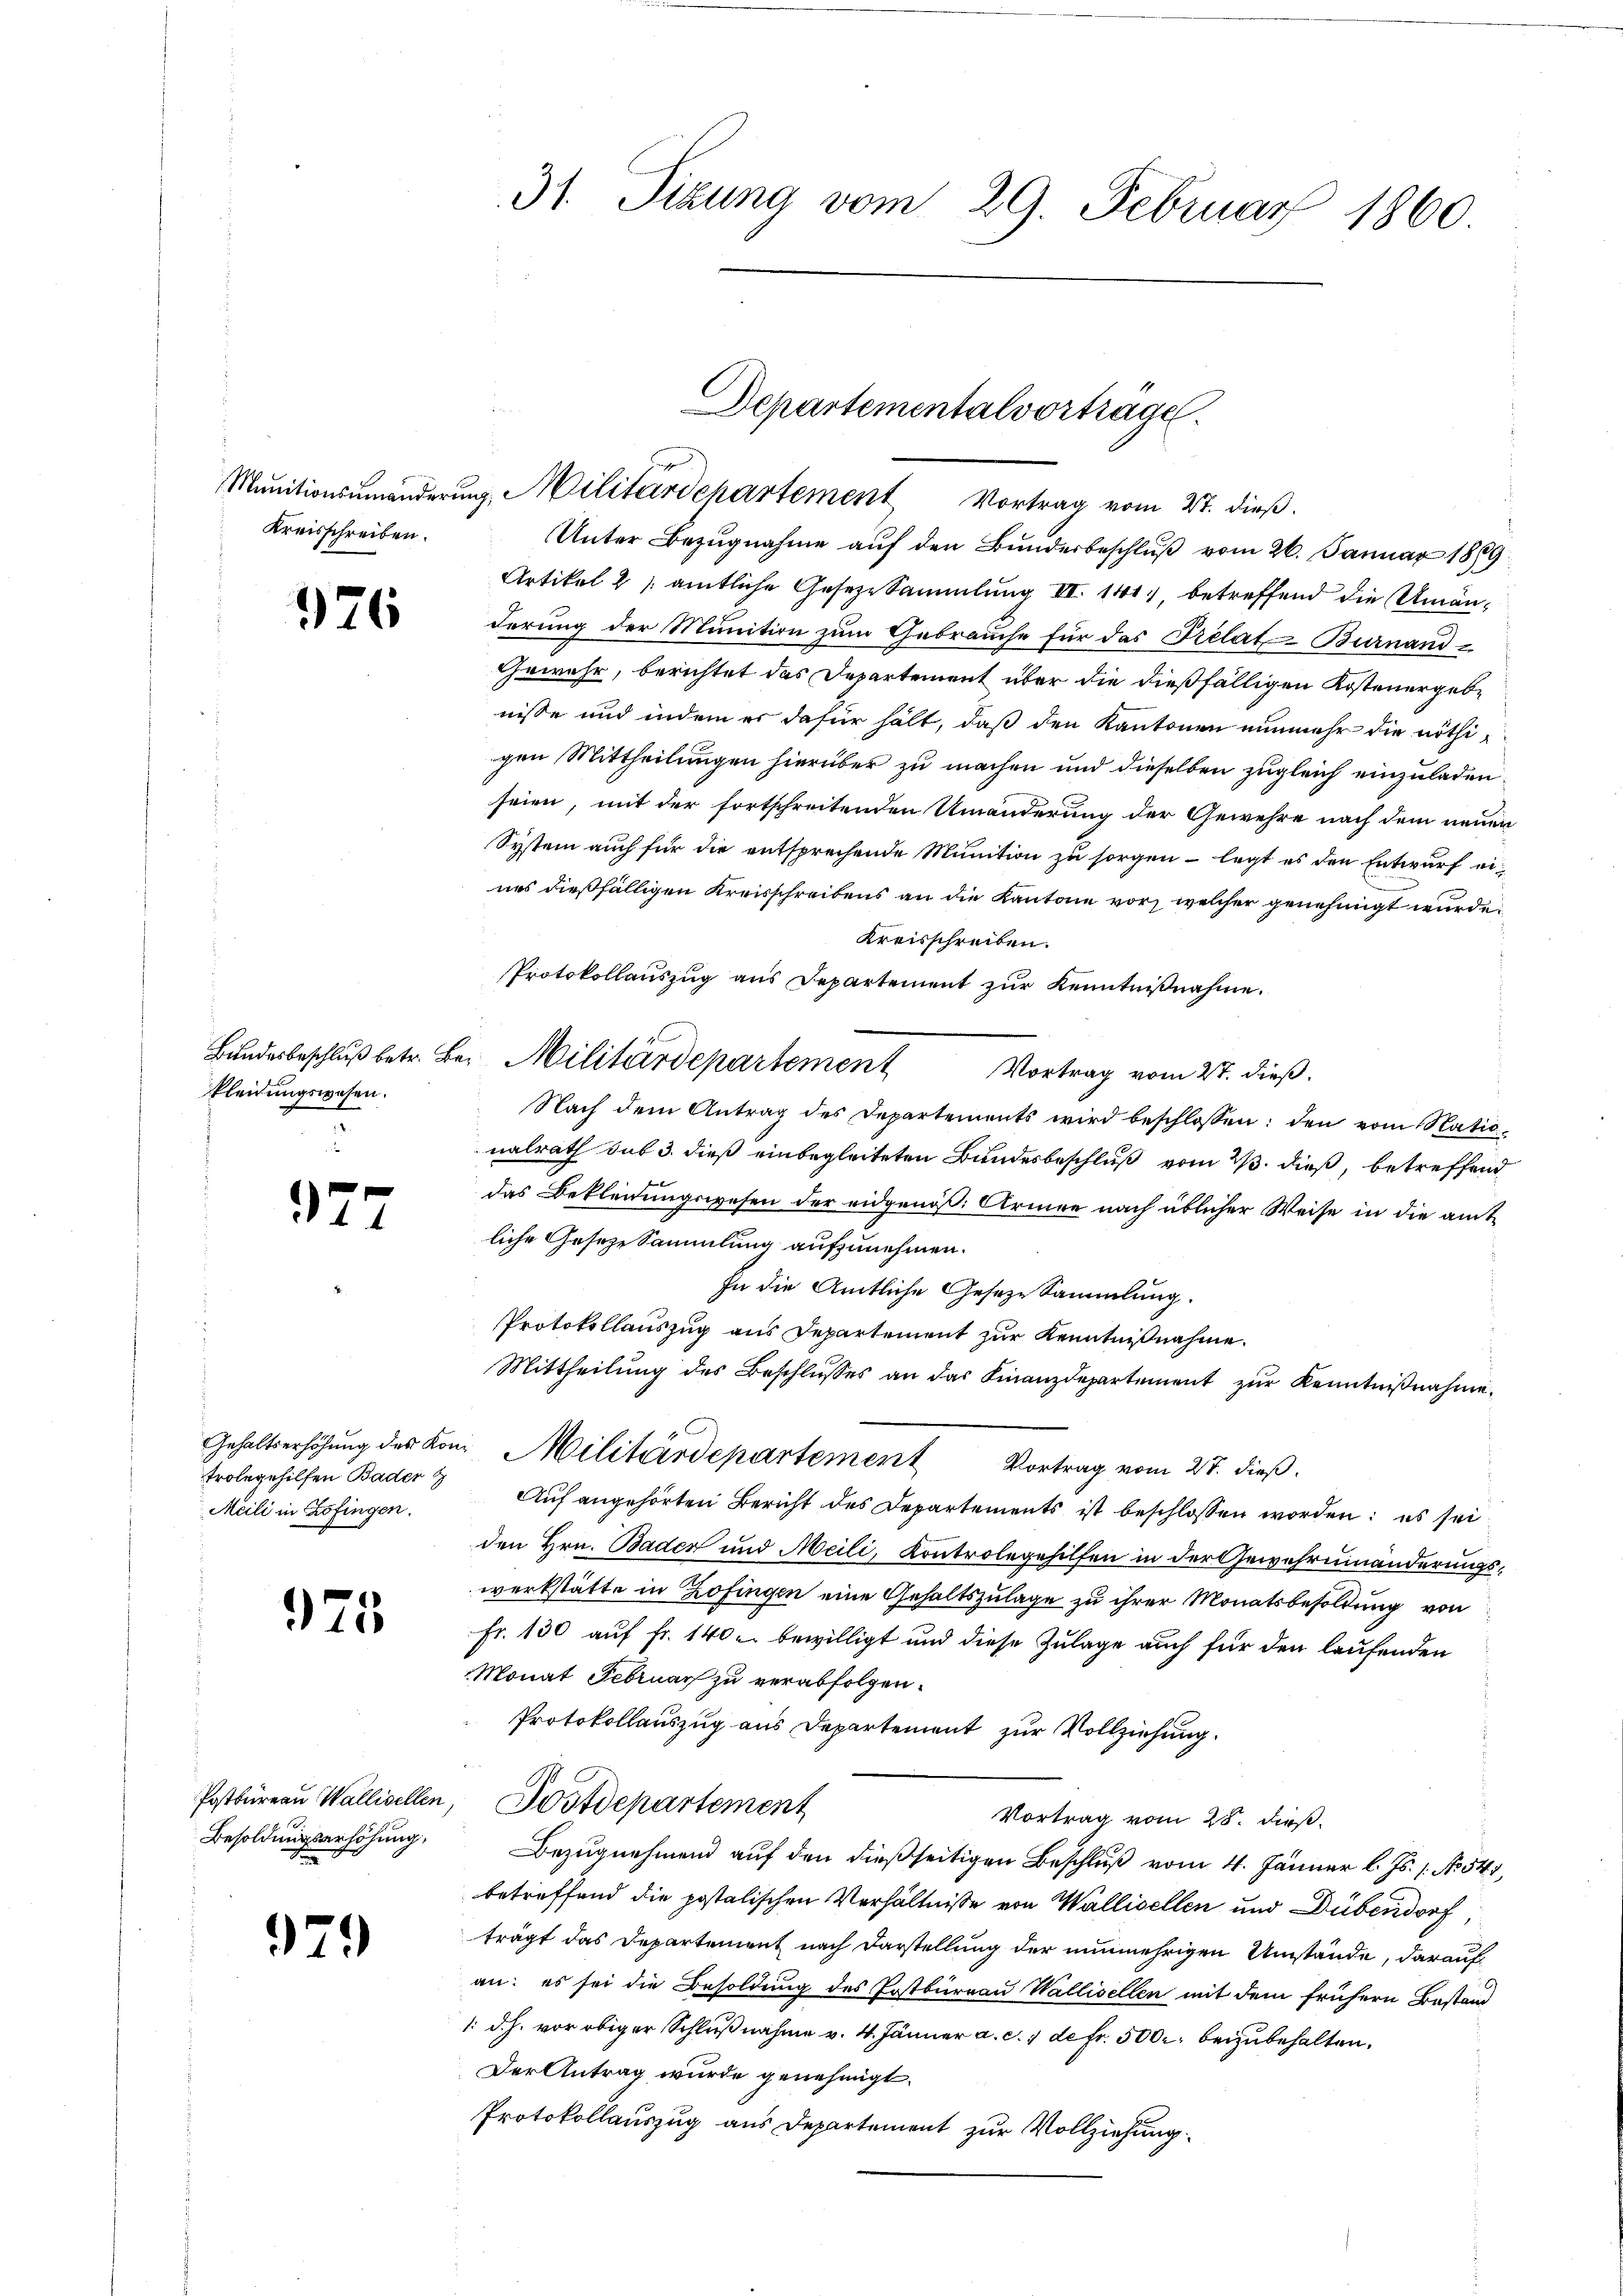
Kreisschreiben.

976

kleidungswesen.

92

e

trobegehilfen Bader
Meili in Zofingen.

925

Postbureau Wallisellen,
Besoldungserhöhung,

979

31. Sizung vom 29. Februar 1860

Departementalvortrage.
Munitionsumänderung, Militärdepartement Vortrag vom 27. dieß.

Unter Bezugnahme auf den Bunderbeschluß vom 26. Januar 1889
Artikel 2 / amtliche Gesezesammlung III 141, betreffend die Umänderung der Munition zum Gebrauche für das Prelat-Burnand
Gewehr, berichtet das Departement über die dießfälligen Kostenergebe
nisse und indem er dafür hält, daß den Kantonen nunmehr die nöthigen Mittheilungen hierüber zu machen und dieselben zugleich einzuladen.
seien, mit der fortschreitenden Umänderung der Gewehre nach dem neuen
System auch für die entsprechende Munition zu sorgen - legt es den Entwurf eines dießfälligen Kreisschreibens an die Kantone vor, welcher genehmigt wurde.
Kreisschreiben.
Protokollauszug aus Departement zur Kenntnißnahme.
Bundesbeschluß betr. Bei Militärdepartement
Vortrag vom 27. dieß.
Nach dem Antrag des Departements wird beschlossen: den vom Statio
nalrath sub 3. dieß einbegleiteten Bundesbeschluß vom 23. dieß, betreffend
das Bekleidungswesen der eidgenöß: Armee nach üblicher Weise in die amtliche Geseze Sammlung aufzunehmen.
In die Amtliche Geseze Sammlung.
Protokollauszug aus Departement zur Kenntnißnahme.
Mittheilung des Beschlusses an das Finanzdepartement zur Kenntnißnahme.
Gehaltserhöhung des Kon. Militärdepartement Vortrag vom 27. dieß.
Auf angehörten Bericht des Departements ist beschlossen worden; es sei
den Hrn. Baden und Meili, Kontrolegehilfen in der Gewahrninänderungswerkstätte in Zofingen eine Gehaltszulage zu ihrer Monatsbesoldung von
Fr. 130 auf fr. 140 u. bewilligt und diese Zulage auch für den laufenden
Monat Februar zu verabfolgen.
Protokollauszug aus Departement zur Vollziehung.
Postdepartement
Vortrag vom 28. dieß.
Bezugnehmend auf den dießseitigen Beschluß vom 4. Jänner l. Js. 1. No. 547,
betreffend die postalischen Verhältnisse von Wallisellen und Dübendorf
trägt das Departement nach Darstellung der nunmehrigen Umstände, darauf
an: es sei die Besoldung des Postbureau Wallisellen mit dem frühern Bestand
1. d. h. vor obiger Schlußnahme v. 4. Jänner a. c. 1 de fr. 500. beizubehalten.
Der Antrag wurde genehmigt.
Protokollauszug aus Departement zur Vollziehung